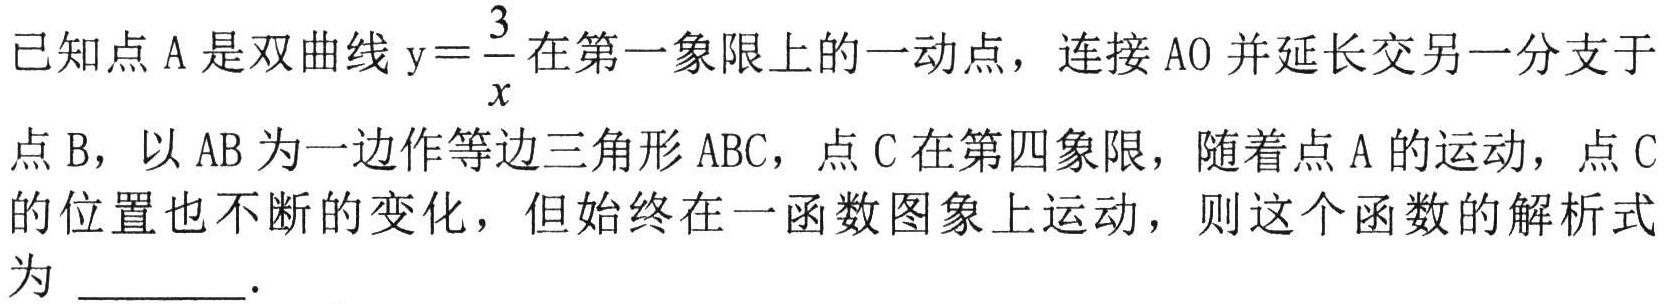
已知点\(A\)是双曲线\(y = \frac{3}{x}\)在第一象限上的一动点，连接\(AO\)并延长交另一分支于点\(B\)，以\(AB\)为一边作等边三角形\(ABC\)，点\(C\)在第四象限，随着点\(A\)的运动，点\(C\)的位置也不断的变化，但始终在一函数图象上运动，则这个函数的解析式为 \_\_\_\_\_ 。